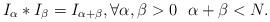
LaTeX: \begin{align*}I_\alpha \ast I_\beta = I_{\alpha+\beta}, \forall \alpha, \beta > 0~~\alpha + \beta < N.\end{align*}